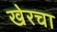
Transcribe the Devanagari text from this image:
खेरचा